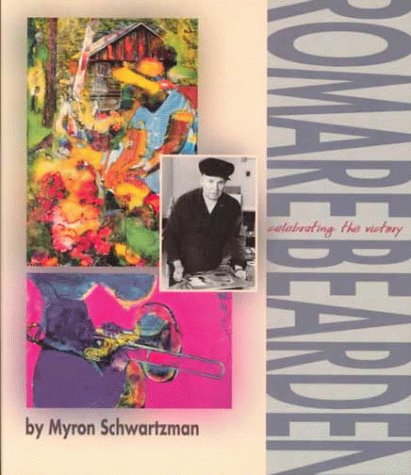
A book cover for Romare Bearden (Single Title: Biography: Arts, Music and Literature); Myron Schwartzman; Teen & Young Adult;